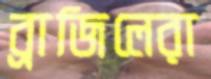
ব্রাজিলেরা